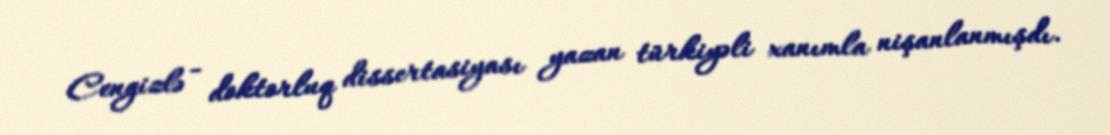
Cengizlə - doktorluq dissertasiyası yazan türkiyəli xanımla nişanlanmışdı.